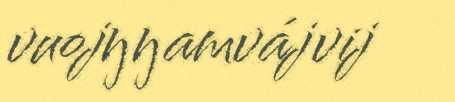
vuojŋŋamvájvij